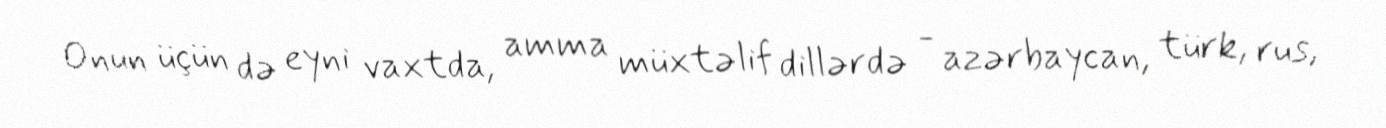
Onun üçün də eyni vaxtda, amma müxtəlif dillərdə - azərbaycan, türk, rus,